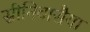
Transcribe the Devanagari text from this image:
स्रीनिवासैया